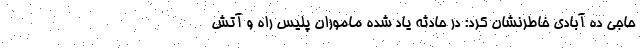
حاجی ده آبادی خاطرنشان کرد: در حادثه یاد شده ماموران پلیس راه و آتش